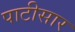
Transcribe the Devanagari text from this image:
पाटीसार